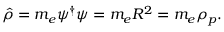
\hat { \rho } = m _ { e } \psi ^ { \dagger } \psi = m _ { e } R ^ { 2 } = m _ { e } \rho _ { p } .